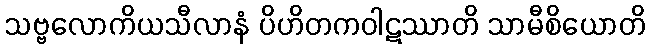
သဗ္ဗလောကိယသီလာနံ ပိဟိတကဝါဋဿာတိ သာမီစိယောတိ